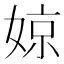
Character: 婛